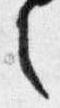
之